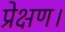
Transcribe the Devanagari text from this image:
प्रेक्षण।